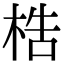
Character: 梏